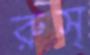
রুস্